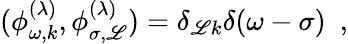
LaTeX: (\phi_{\omega,k}^{(\lambda)},\phi_{\sigma,\mathscr{L}}^{(\lambda)})=\delta_{\mathscr{L}k}\delta(\omega-\sigma)~~,